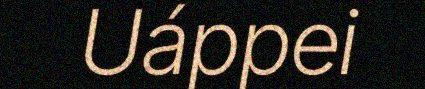
Uáppei